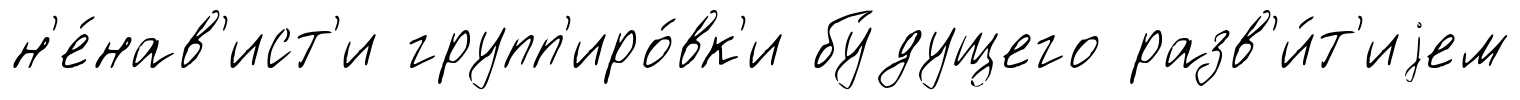
н'е́нав'ист'и групп'иро́вк'и бу́дущего разв'и́т'иjем